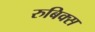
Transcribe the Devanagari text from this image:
रुबिक्स